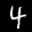
Label: 4